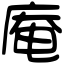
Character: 庵